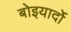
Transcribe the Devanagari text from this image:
बोइयार्दो